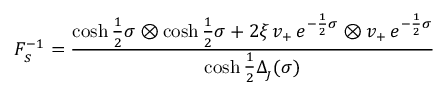
F _ { _ { \! S } } ^ { - 1 } = \frac { \cosh \frac { 1 } { 2 } \sigma \otimes \cosh \frac { 1 } { 2 } \sigma + 2 \xi \, v _ { + } \, e ^ { - \frac { 1 } { 2 } \sigma } \otimes v _ { + } \, e ^ { - \frac { 1 } { 2 } \sigma } } { \cosh \frac { 1 } { 2 } \Delta _ { _ { \! J } } ( \sigma ) } \,